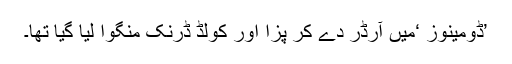
’ڈومینوز ‘میں آرڈر دے کر پِزا اور کولڈ ڈرنک منگوا لیا گیا تھا۔